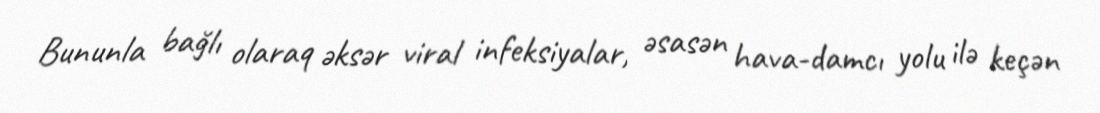
Bununla bağlı olaraq əksər viral infeksiyalar, əsasən hava-damcı yolu ilə keçən